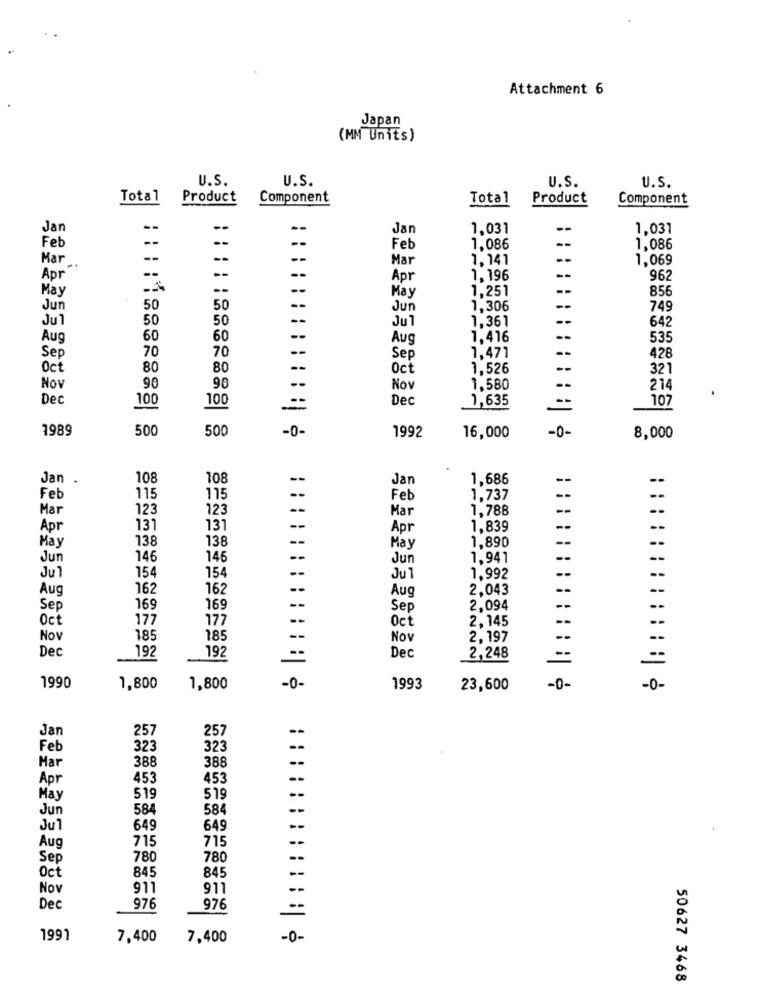
Attachment 6
Japan
(MM Units)
U.S.
U.S.
U.S.
U.S.
Total
Product
Component
Total
Product
Component
Jan
Jan
1,031
1,031
--
--
Feb
Feb
1,086
1.086
Mar
--
--
Mar
7,141
1,069
Apr
--
Apr
1,196
962
May
--
--
May
1,251
856
Jun
50
50
Jun
1,306
--
749
Jul
50
--
Jul
1,361
--
642
50
Aug
60
60
--
Aug
1.416
--
535
--
Sep
70
70
--
Sep
1,471
428
Oct
80
80
--
Oct
1,526
--
321
Nov
90
98
Nov
1.580
214
Dec
100
Dec
1,635
--
100
107
1989
500
-0-
-0-
500
1992
16,000
8,000
Jan .
108
108
--
Jan
1,686
--
--
Feb
115
115
--
Feb
1,737
--
Mar
123
123
Mar
1,788
--
--
Apr
131
131
Apr
1,839
--
138
138
--
--
May
May
1,890
--
Jun
146
146
--
Jun
1,941
--
--
154
154
--
Jul
Ju 1
1,992
--
Aug
162
162
--
Aug
2,043
--
Sep
169
169
--
Sep
2,094
Oct
177
177
--
Oct
2,145
--
Now
185
185
--
Nov
2.197
De
192
192
Dec
2,248
1990
1,800
1,800
-0-
1993
23,600
-0-
Jan
257
257
Feb
323
323
Har
388
388
Apr
453
453
May
519
519
Jun
58.ª
584
Jul
649
649
Aug
715
715
Sep
780
780
845
Oct
845
Nov
911
911
Dec
976
976
1991
7,400
7,400
-0-
50627 3468